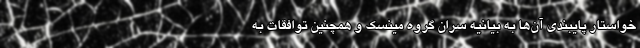
خواستار پایبندی آن‌ها به بیانیه سران گروه مینسک و همچنین توافقات به